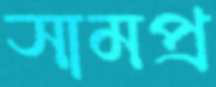
সামপ্র